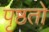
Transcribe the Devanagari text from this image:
पृष्ठतो